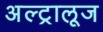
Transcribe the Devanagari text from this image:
अल्ट्रालूज